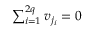
\begin{array} { r } { \sum _ { i = 1 } ^ { 2 q } v _ { j _ { i } } = 0 } \end{array}